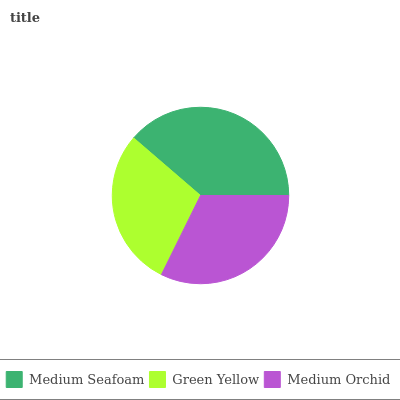
| Medium Seafoam | Green Yellow | Medium Orchid |
 | --- | --- | --- |
 | 38.7% | 29% | 32.3% |